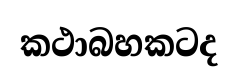
කථාබහකටද